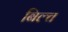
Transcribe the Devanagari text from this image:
बिल्च